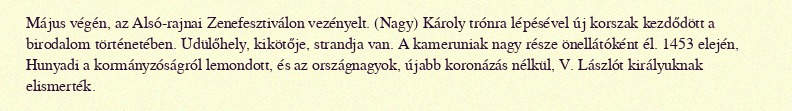
Május végén, az Alsó-rajnai Zenefesztiválon vezényelt. (Nagy) Károly trónra lépésével új korszak kezdődött a birodalom történetében. Üdülőhely, kikötője, strandja van. A kameruniak nagy része önellátóként él. 1453 elején, Hunyadi a kormányzóságról lemondott, és az országnagyok, újabb koronázás nélkül, V. Lászlót királyuknak elismerték.